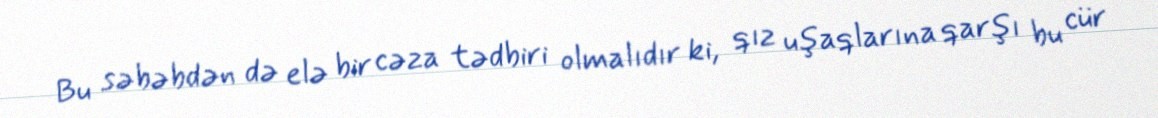
Bu səbəbdən də elə bir cəza tədbiri olmalıdır ki, qız uşaqlarına qarşı bu cür